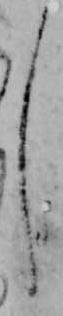
し